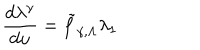
\frac { d \lambda ^ { \gamma } } { d u } = { \tilde { f } } _ { \gamma , \Lambda } \lambda _ { 1 }